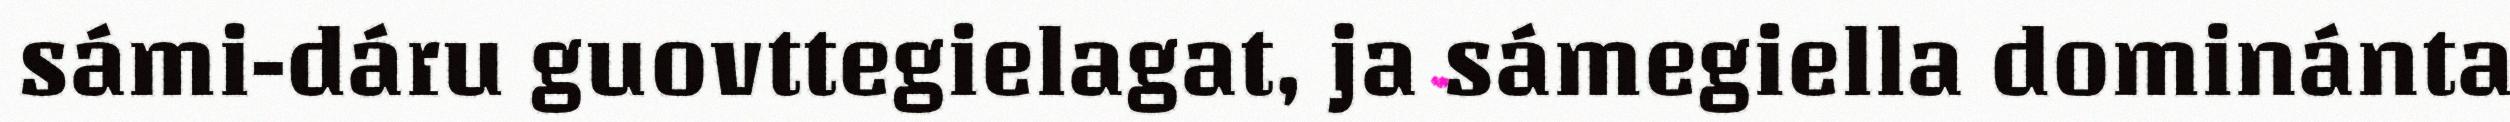
sámi-dáru guovttegielagat, ja sámegiella dominánta